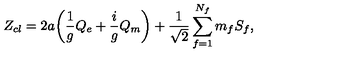
Z _ { c l } = 2 a \biggl ( { \frac { 1 } { g } } Q _ { e } + { \frac { i } { g } } Q _ { m } \biggr ) + { \frac { 1 } { \sqrt { 2 } } } \sum _ { f = 1 } ^ { N _ { f } } m _ { f } S _ { f } ,